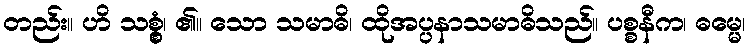
တည်း။ ဟိ သစ္စွံ၊ ၏။ သော သမာဓိ၊ ထိုအပ္ပနာသမာဓိသည်။ ပစ္စနီက၊ ဓမ္မေ၊